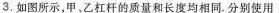
3.如图所示，甲、乙杠杆的质量和长度均相同。分别使用